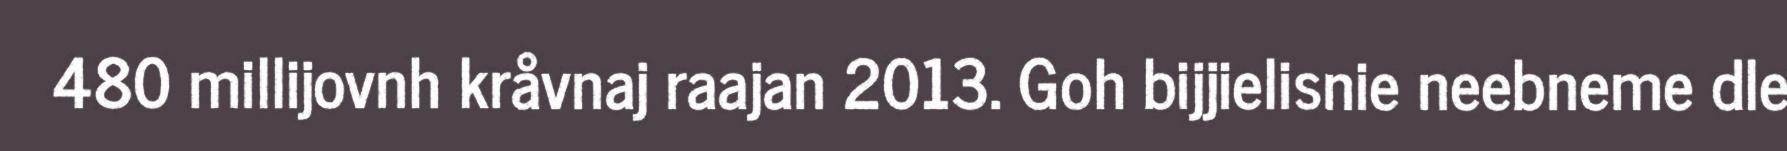
480 millijovnh kråvnaj raajan 2013. Goh bijjielisnie neebneme dle